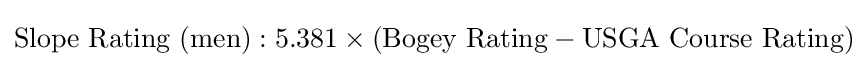
{\mbox{Slope Rating (men)}}:{\mbox{5.381}}\times ({\mbox{Bogey Rating}}-{\mbox{USGA Course Rating}})